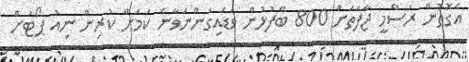
އެގޮތުން ރަސްމީ ޖާފަތަށް 800 ބޭފުޅުން ވަޑައިގަންނަވާނެ ކަމަށް ކުރިން ނިއު ޕޯޓަށް